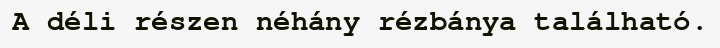
A déli részen néhány rézbánya található.